Report on vaccination in Madras 1922-1929 - 1922-1929
Year: 1922
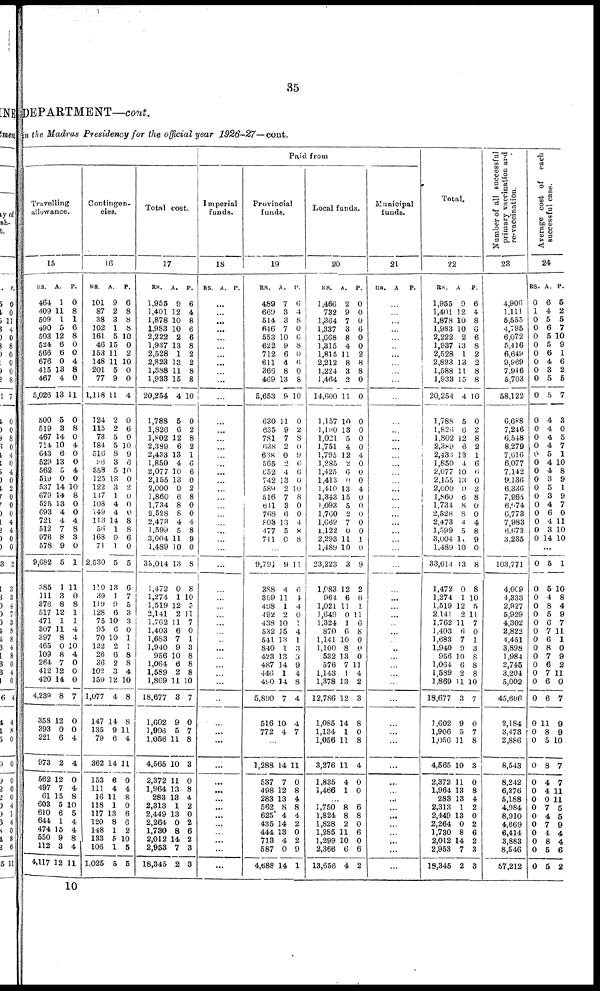
35
DEPARTMENT—cont.
in the Madras Presidency for the official year 1926-27—cont.
Paid from
Travelling
allowance.
15
RS.
464
409
509
490
503
524
566
676
415
467
5,026
500
519
467
714
643
529
562
519
537
679
525
693
721
512
976
578
9,682
385
111
376
517
471
307
397
465
109
264
412
420
4,239
358
393
221
973
562
497
61
603
610
644
474
550
112
4,117
A.
1
11
1
5
12
6
6
0
13
4
13
5
3
14
10
6
13
5
0
14
14
13
4
4
7
8
9
5
1
3
8
12
1
11
8
0
8
7
12
14
8
12
0
6
2
12
7
15
5
6
1
15
9
3
12
P.
0
8
1
6
8
0
0
4
8
0
11
0
8
0
4
0
0
4
0
10
8
0
0
4
8
3
0
1
11
0
8
1
1
4
4
10
4
0
0
0
7
0
0
4
4
0
4
8
10
5
4
4
8
4
11
Contingen-
cies.
16
RS.
101
87
38
102
161
46
153
148
201
77
1,118
124
115
73
184
516
86
358
125
122
147
108
149
113
56
168
71
2,530
110
39
119
128
75
95
70
122
26
36
102
150
1,077
147
135
79
362
153
111
16
118
117
120
148
133
106
1,025
A.
9
2
3
1
5
15
11
11
5
9
11
2
2
5
5
8
3
5
13
3
1
4
4
14
1
9
1
5
13
1
9
6
10
6
10
2
6
2
3
12
4
14
9
6
14
6
4
11
1
13
8
1
5
1
5
P.
6
8
8
8
10
0
2
10
0
0
4
0
6
0
10
9
6
10
0
2
0
0
0
8
8
6
0
5
6
7
5
3
3
0
1
1
8
8
4
10
8
8
11
4
11
0
4
8
0
6
6
2
10
5
5
Total cost.
17
RS.
1,955
1,401
1,878
1,983
2,222
1,937
2,528
2,823
1,588
1,933
20,254
1,788
1,826
1,802
2,389
2,433
1,850
2,077
2,155
2,000
1,860
1,734
2,528
2,473
1,599
3,004
1,489
33,014
1,472
1,274
1,519
2,141
1,762
1,403
1,683
1,940
956
1,064
1,589
1,869
18,677
1,602
1,903
1,056
4,565
2,372
1,964
283
2,313
2,449
2,264
1,730
2,012
2,953
18,345
A.
9
12
10
10
2
13
1
13
11
15
4
5
6
12
6
13
4
10
13
0
6
8
8
4
5
11
10
13
0
1
12
2
11
6
7
9
10
6
2
11
3
9
5
11
10
11
13
13
1
13
0
8
14
7
2
P.
6
4
8
6
6
8
2
2
8
8
10
0
2
8
2
1
6
6
0
2
8
0
0
4
8
9
0
8
8
10
5
11
7
0
1
3
8
8
8
10
7
0
7
8
3
0
8
4
2
0
2
6
2
3
3
Imperial
funds.
18
RS. A. P.
...
...
...
...
...
...
...
...
...
...
...
...
...
...
...
...
...
...
...
...
...
...
...
...
...
...
...
...
...
...
...
...
...
...
...
...
...
...
...
...
...
...
...
...
...
...
...
...
...
...
...
...
...
...
...
Provincial
funds.
19
RS.
489
669
514
646
553
622
712
611
369
469
5,653
630
635
781
638
638
565
652
742
589
516
641
768
803
477
711
A.
7
3
3
7
10
9
6
4
8
13
9
11
9
7
2
0
2
4
13
2
7
3
6
13
5
0
P.
0
4
8
0
6
8
0
6
0
8
10
0
2
8
0
9
6
6
0
10
8
0
0
4
8
8
...
9,791
388
309
498
492
438
532
541
840
423
487
446
490
5,890
516
772
9
4
11
1
2
10
15
13
1
13
14
1
14
7
10
4
11
6
4
4
0
1
4
1
3
3
9
4
8
4
4
7
...
1,288
537
498
283
562
625
435
444
713
587
4,688
14
7
12
13
8
4
14
18
4
0
14
11
0
8
4
8
4
2
0
2
9
1
Local funds.
20
RS.
1,466
732
1,364
1,337
1,668
1,315
1,815
2,212
1,224
1,464
14,600
1,157
1,190
1,021
1,751
1,795
1,285
1,425
1,413
1,410
1,343
1,093
1,760
l,669
1,122
2,293
1,489
23,223
1,083
964
1,021
1,649
1,324
870
1,141
1,100
532
576
1,143
1,378
12,786
1,085
1,134
1,056
3,276
1,835
1,466
A.
2
9
7
3
8
4
11
8
3
2
11
10
13
5
4
12
2
6
0
13
15
5
2
7
0
11
10
3
12
6
11
0
1
6
10
8
13
7
1
13
12
14
1
11
11
4
1
P.
0
0
0
6
0
0
2
8
8
0
0
0
0
0
0
4
0
0
0
4
0
0
0
0
0
1
0
9
2
6
1
11
6
8
0
0
0
11
4
2
3
8
0
8
4
0
0
...
1,750
1,824
1,828
1,285
1,299
2,366
13,656
8
8
2
11
10
6
4
6
8
0
6
0
6
2
Municipal
funds.
21
RS.
A
P.
...
...
...
...
...
...
...
...
...
...
...
...
...
...
...
...
...
...
...
...
...
...
...
...
...
...
...
...
...
...
...
...
...
...
...
...
...
...
...
...
...
...
...
...
...
...
...
...
...
...
...
...
...
...
...
Total.
22
RS.
1,955
1,401
1,878
1,983
2,222
1,937
2,528
2,823
1,588
1,933
20,254
1,788
1,826
1,802
2,389
2,433
1,850
2,077
2,155
2,000
1,860
1,734
2,528
2,473
1 ,599
3,004
1,489
33,014
1,472
1,274
1,519
2,141
1,762
1,403
1,683
1,940
956
1,064
1,589
1,869
18,677
1,602
1,906
1,056
4,565
2,372
1,964
283
2,313
2,449
2,264
1,730
2,012
2,953
18,345
A.
9
12
10
10
2
13
1
13
11
15
4
5
6
12
6
13
4
10
13
0
6
8
8
4
5
11
10
13
0
1
12
2
11
6
7
9
10
6
2
11
3
9
5
11
10
11
13
13
1
13
0
8
14
7
2
P.
6
4
8
6
6
8
2
2
8
8
10
0
2
8
2
1
6
6
0
2
8
0
0
4
8
9
0
8
8
10
5
11
7
0
1
3
8
8
8
10
7
0
7
8
3
0
8
4
2
0
2
6
2
3
3
Number of all successful
p rimary vaccination and
re-vaccination.
23
4,906
1,111
5,555
4,795
6,072
5,416
6,649
9,969
7,946
5,703
58,122
6,688
7,246
6,548
8,279
7,016
6,077
7,142
9,136
6,336
7,965
6,674
6,773
7,983
6,673
3,235
...
103,771
4,009
4,333
2,927
5,929
4,302
2,822
1,451
3,898
1,984
2,745
3,204
5,002
45,606
2,184
3,473
2,886
8,543
8,242
6,376
5,188
4,984
8,910
4,669
6,414
3,883
8,546
57,212
Average cost of each
successful case.
24
RS.
0
1
0
0
0
0
0
0
0
0
0
0
0
0
0
0
0
0
0
0
0
0
0
0
0
0
A.
6
4
5
6
5
5
6
4
3
5
5
4
4
4
4
5
4
4
3
5
3
4
6
4
3
14
P.
5
2
5
7
10
9
1
6
2
5
7
3
0
5
7
1
10
8
9
1
9
7
0
11
10
10
...
0
0
0
0
0
0
0
0
0 0
0
0
0
0
0
0
0
0
0
0
0
0
0
0
0
0
0
0
5
5
4
8
5
6
7
6
8
7
6
7
6
6
11
8
5
8
4
4
0
7
4
7
4
8
5
5
1
10
8
4
9
7
11
1
0
9
2
11
0
7
9
9
10
7
7
11
11
5
5
9
4
4
6
2
10